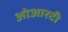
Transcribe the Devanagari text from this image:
ओआरटी